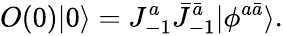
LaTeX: O(0)|0\rangle=J_{-1}^{a}\bar{J}_{-1}^{\bar{a}}|\phi^{a\bar{a}}\rangle.